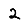
Digit: 2